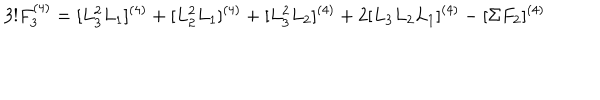
LaTeX: 3 ! F _ { 3 } ^ { ( 4 ) } = [ L _ { 3 } ^ { 2 } L _ { 1 } ] ^ { ( 4 ) } + [ L _ { 2 } ^ { 2 } L _ { 1 } ] ^ { ( 4 ) } + [ L _ { 3 } ^ { 2 } L _ { 2 } ] ^ { ( 4 ) } + 2 [ L _ { 3 } L _ { 2 } L _ { 1 } ] ^ { ( 4 ) } - [ \Sigma F _ { 2 } ] ^ { ( 4 ) }